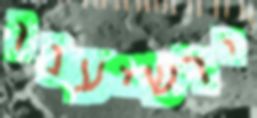
ירשיענו